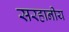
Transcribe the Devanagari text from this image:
सरहानीय